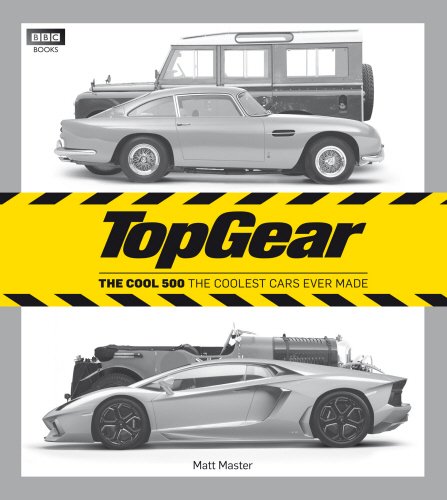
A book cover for Top Gear: The Cool 500: The Coolest Cars Ever Made; Matt Master; Humor & Entertainment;